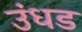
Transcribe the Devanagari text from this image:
उंधड